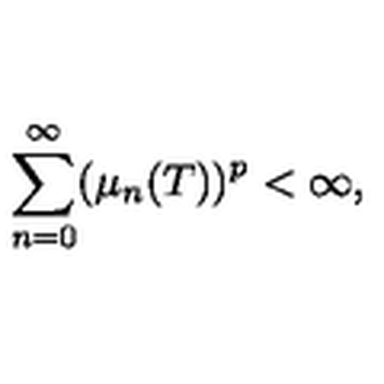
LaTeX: \sum _ { n = 0 } ^ { \infty } ( { \mu } _ { n } ( T ) ) ^ { p } < { \infty } ,